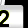
Digit: 2